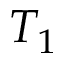
T _ { 1 }